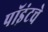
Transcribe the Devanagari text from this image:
पॉइंटचे